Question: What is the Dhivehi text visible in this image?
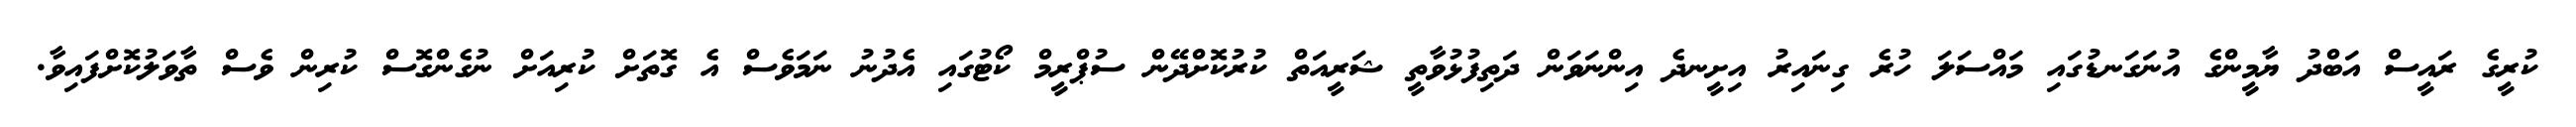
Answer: ކުރީގެ ރައީސް އަބްދު ޔާމީންގެ އުނަގަނޑުގައި މައްސަލަ ހުރެ ގިނައިރު އިށީނދެ އިންނަވަން ދަތިފުޅުވާތީ ޝަރީއަތް ކުރުކޮށްދޭން ސުޕްރީމް ކޯޓުގައި އެދުނު ނަމަވެސް އެ ގޮތަށް ކުރިއަށް ނުގެންގޮސް ކުރިން ވެސް ތާވަލުކޮށްފައިވާ.